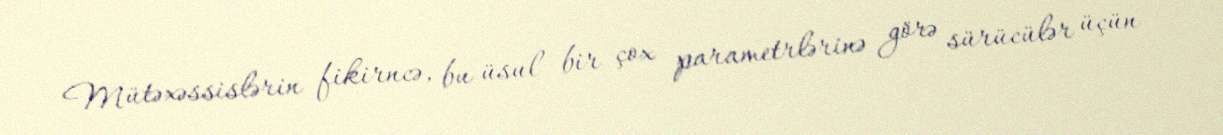
Mütəxəssislərin fikirncə, bu üsul bir çox parametrlərinə görə sürücülər üçün